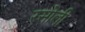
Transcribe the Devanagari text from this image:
रसोली